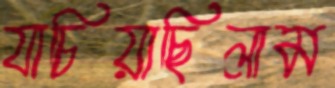
যাচিয়াছিলাম